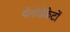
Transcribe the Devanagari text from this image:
येलोजैकेटों